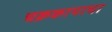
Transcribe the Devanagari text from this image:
चक्रकापाचा